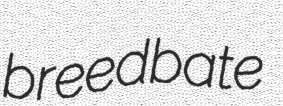
breedbate